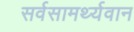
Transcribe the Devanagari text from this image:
सर्वसामर्थ्यवान